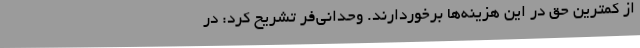
از کمترین حق در این هزینه‌ها برخوردارند. وحدانی‌فر تشریح کرد: در